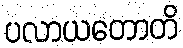
ပလာယတောတိ